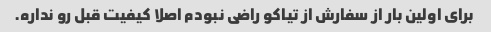
برای اولین بار از سفارش از تیاکو راضی نبودم اصلا کیفیت قبل رو نداره.